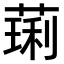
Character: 𫉋